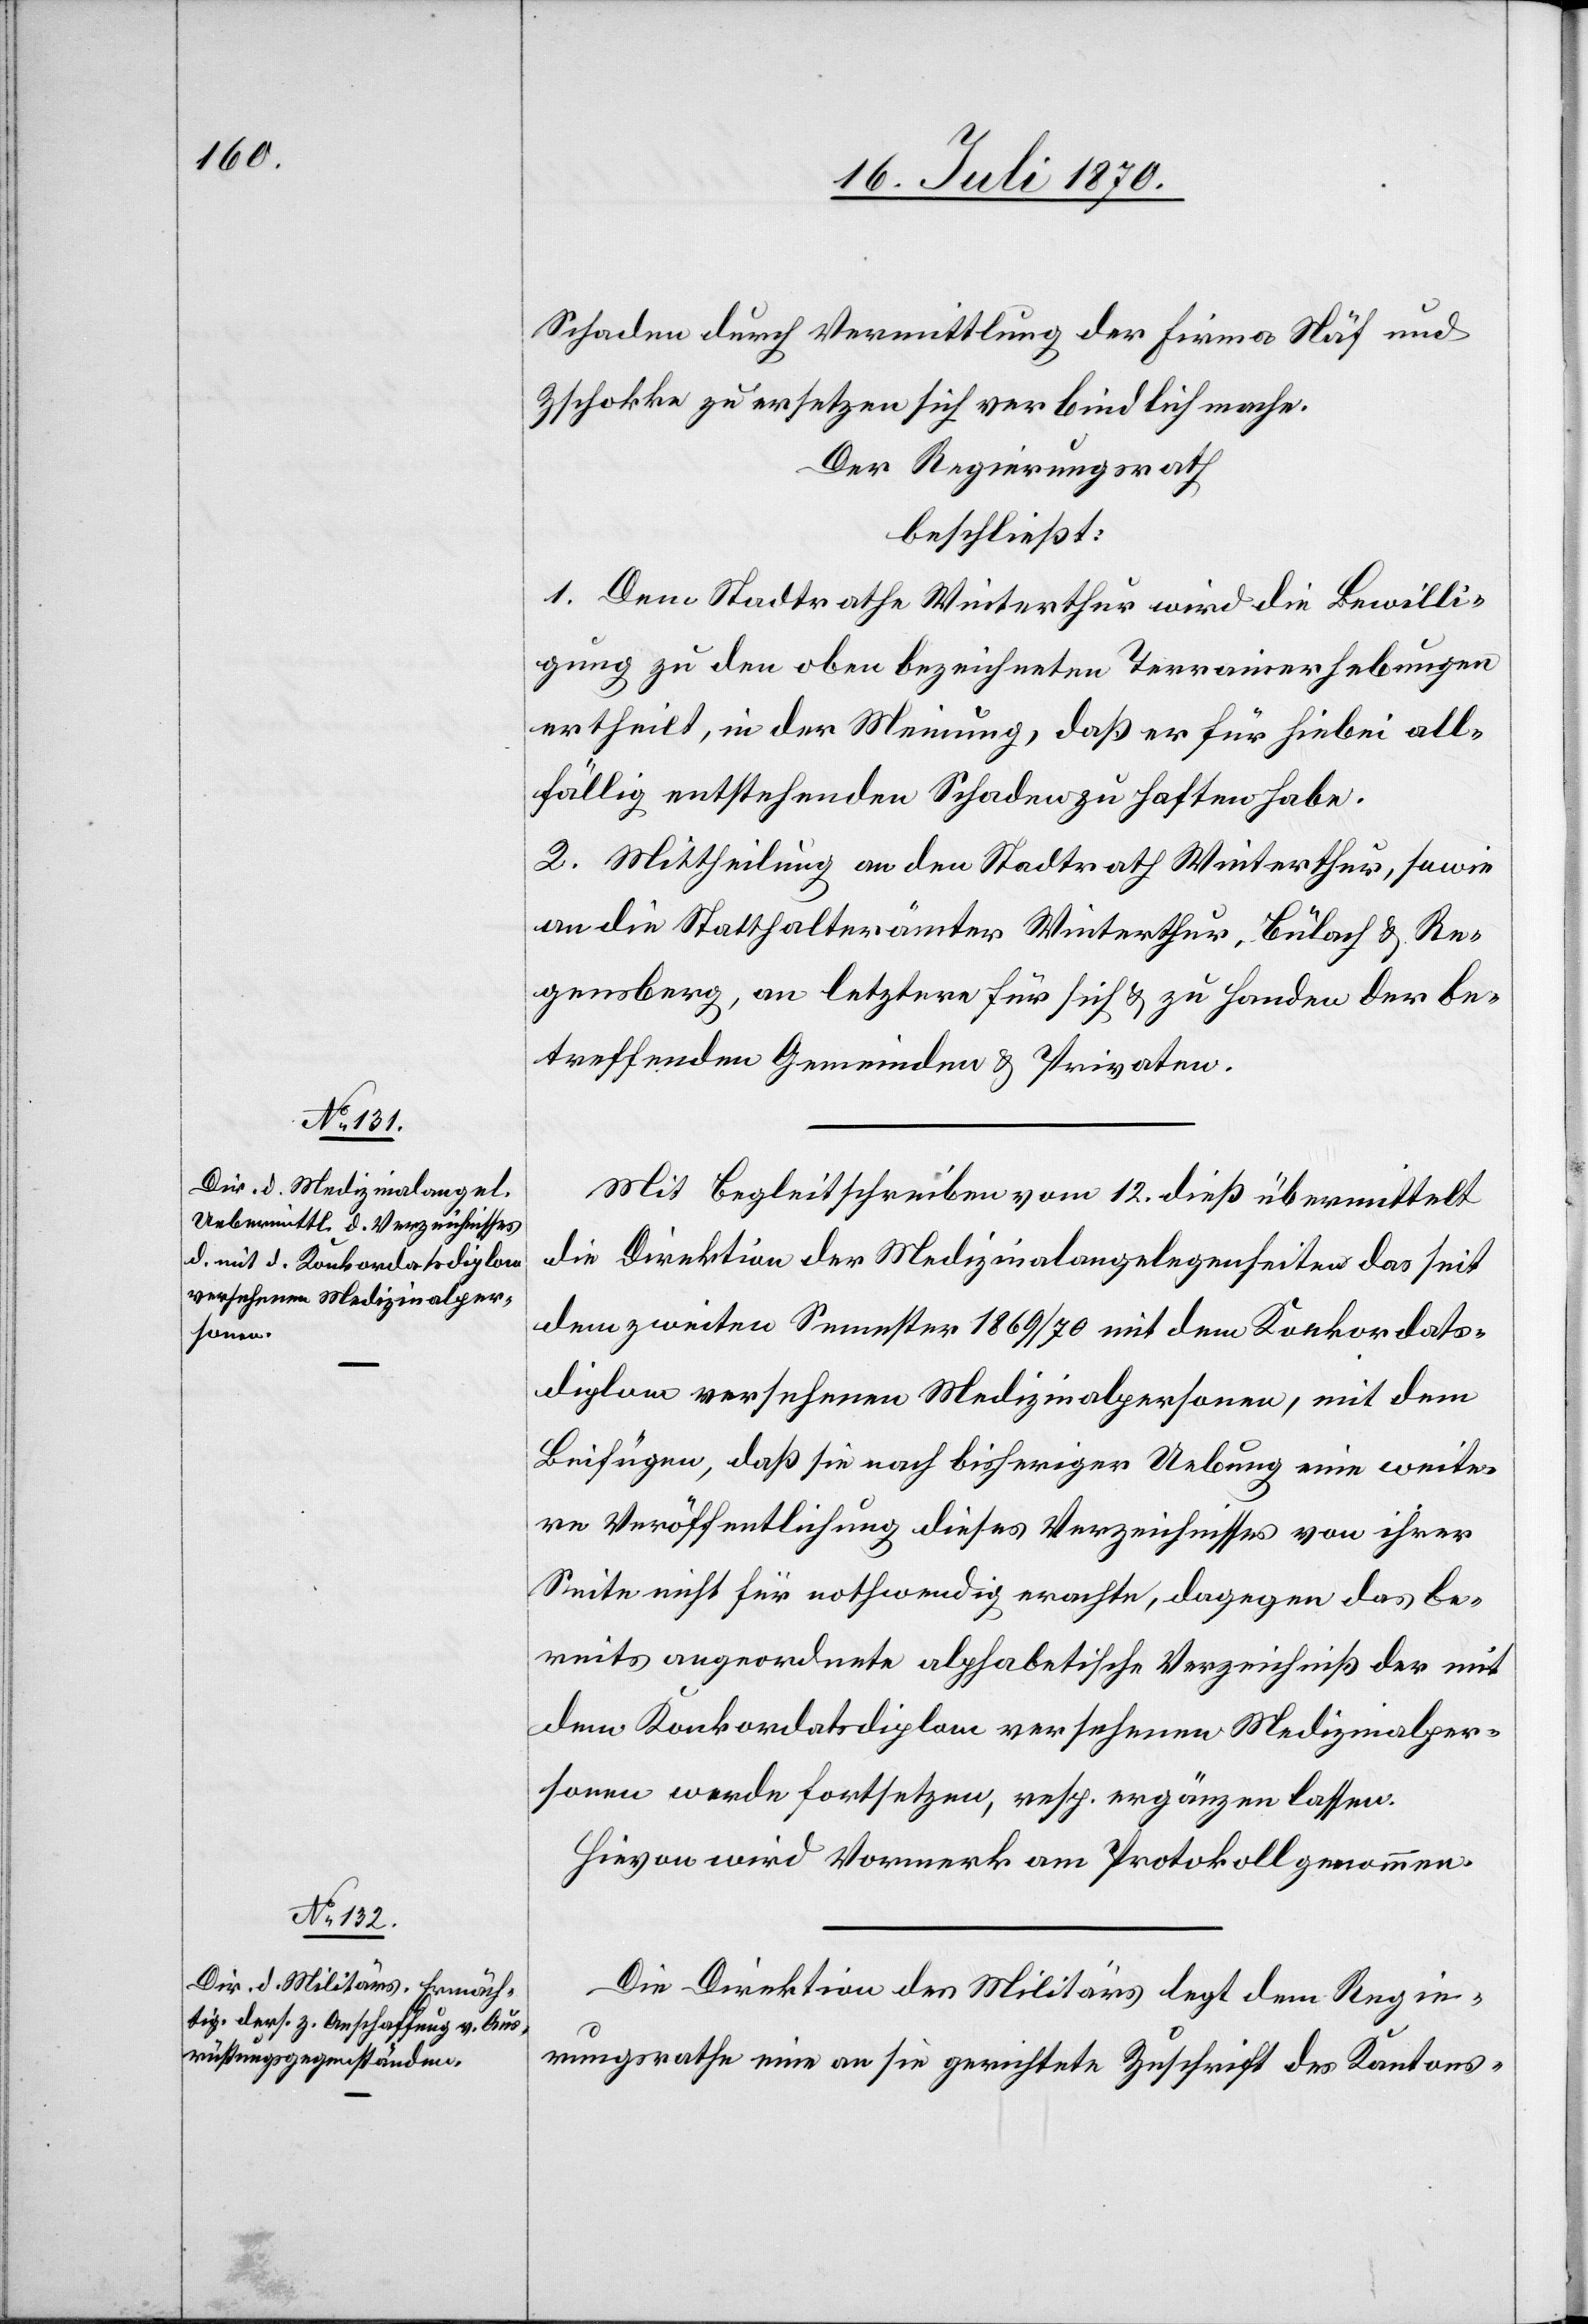
Schaden durch Vermittlung der Firma Näf und
Zschokke zu ersetzen sich verbindlich mache.
Der Regierungsrath
beschließt:
1. Dem Stadtrathe Winterthur wird die Bewilli¬
gung zu den oben bezeichneten Terrainerhebungen
ertheilt, in der Meinung, daß er für hiebei all¬
fällig entstehenden Schaden zu haften habe.
2. Mittheilung an den Stadtrath Winterthur, sowie
an die Statthalterämter Winterthur, Bülach & Re¬
gensberg, an letztere für sich & zu Handen der be¬
treffenden Gemeinden & Privaten.
Mit Begleitschreiben vom 12. dieß übermittelt
die Direktion der Medizinalangelegenheiten das seit
dem zweiten Semester 1869/70 mit dem Konkordats¬
diplom versehenen Medizinalpersonen, mit dem
Beifügen, daß sie nach bisheriger Uebung eine weite¬
re Veröffentlichung dieses Verzeichnisses von ihrer
Seite nicht für nothwendig erachte, dagegen das be¬
reits angeordnete alphabetische Verzeichniß der mit
dem Konkordatsdiplom versehenen Medizinalper¬
sonen werde fortsetzen, resp. ergänzen lassen.
Hievon wird Vormerk am Protokoll genommen.
Die Direktion des Militärs legt dem Regie¬
rungsrathe eine an sie gerichtete Zuschrift des Kantons-